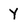
Character: Y